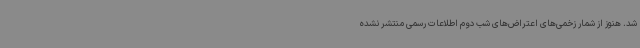
شد. هنوز از شمار زخمی‌های اعتراض‌های شب دوم اطلاعات رسمی منتشر نشده